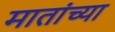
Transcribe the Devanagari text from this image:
मातांच्या